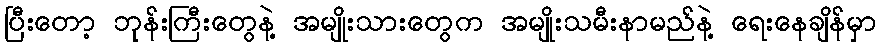
ပြီးတော့ ဘုန်းကြီးတွေနဲ့ အမျိုးသားတွေက အမျိုးသမီးနာမည်နဲ့ ရေးနေချိန်မှာ